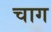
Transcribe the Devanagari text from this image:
चाग